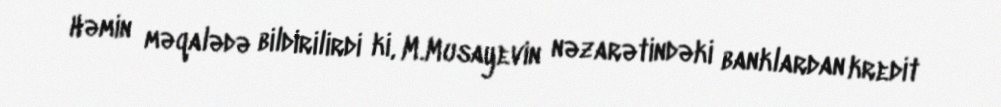
Həmin məqalədə bildirilirdi ki, M.Musayevin nəzarətindəki banklardan kredit